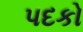
પદકો